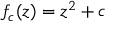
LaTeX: f _ { c } ( z ) = z ^ { 2 } + c